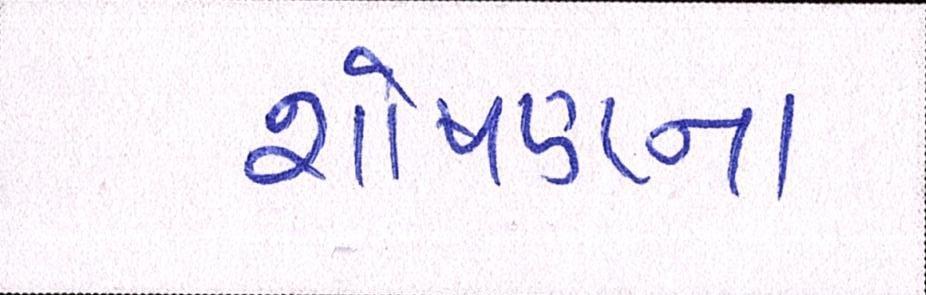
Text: શોષણના